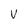
Character: v